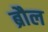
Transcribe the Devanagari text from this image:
ब्रौल